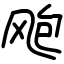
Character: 飑